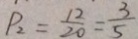
P _ { 2 } = \frac { 1 2 } { 2 0 } = \frac { 3 } { 5 }